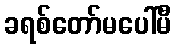
ခရစ်တော်မပေါ်မီ